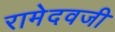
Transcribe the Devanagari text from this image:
रामेदवजी